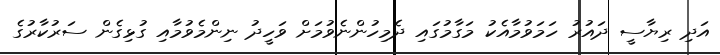
އަދި ރިޔާސީ ދައުރު ހަމަވުމާއެކު މަގާމުގައި ދެމިހުންނެވުމަށް ވަހީދު ނިންމެވުމާއި ގުޅިގެން ސަރުކާރުގެ